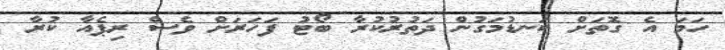
ހަމަ އެ ގޮތަށް ކަނޑުމަގުން ދަތުރުކުރާ ބޯޓު ފަހަރަށް ވެސް ރިޕެއާ ކުރާ